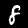
Digit: 8